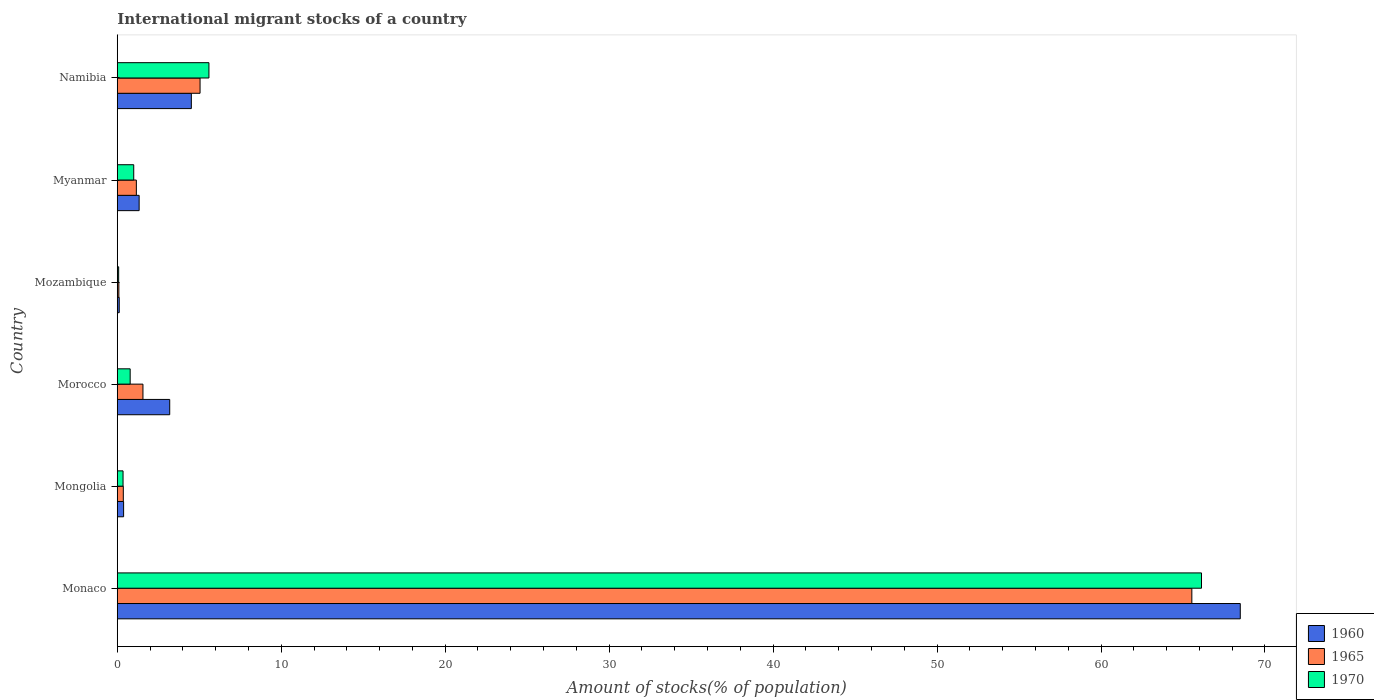
| Country | 1960 | 1965 | 1970 |
 | --- | --- | --- | --- |
 | Monaco | 68.5 | 65.5 | 66.1 |
 | Mongolia | 0.386 | 0.368 | 0.352 |
 | Morocco | 3.2 | 1.57 | 0.786 |
 | Mozambique | 0.119 | 0.0966 | 0.0841 |
 | Myanmar | 1.33 | 1.16 | 1 |
 | Namibia | 4.52 | 5.05 | 5.59 |